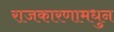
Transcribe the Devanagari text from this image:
राजकारणामधुन